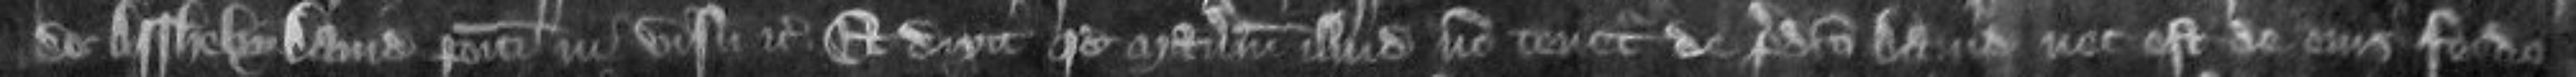
de Assheby David positi in visu etc Et dixit quod manerium illud non tenetur de predicto David nec est de eius feodo